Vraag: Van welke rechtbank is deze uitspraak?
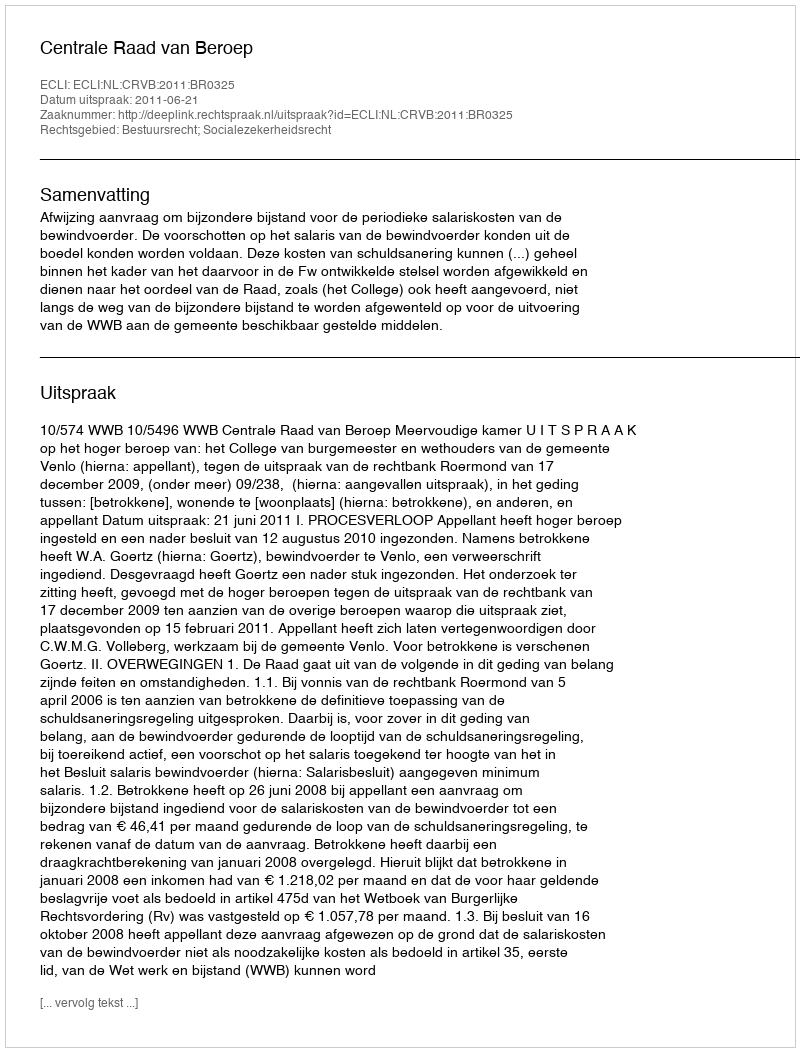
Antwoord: Centrale Raad van Beroep